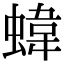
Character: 𧍫